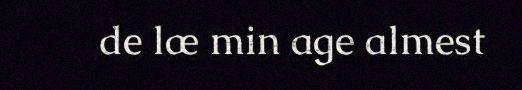
de læ min age almest